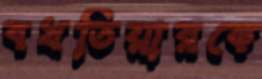
বখতিয়ারকে